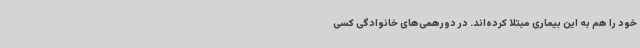
خود را هم به این بیماری مبتلا کرده‌اند. در دورهمی‌های خانوادگی کسی